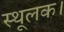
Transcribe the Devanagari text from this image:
स्थूलक।